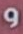
و